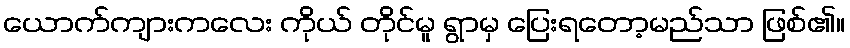
ယောက်ကျားကလေး ကိုယ် တိုင်မူ ရွာမှ ပြေးရတော့မည်သာ ဖြစ်၏။